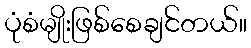
ပုံစံမျိုးဖြစ်စေချင်တယ်။